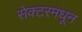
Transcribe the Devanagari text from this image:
सेक्टरमधून